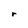
Character: r